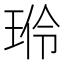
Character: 𬍦